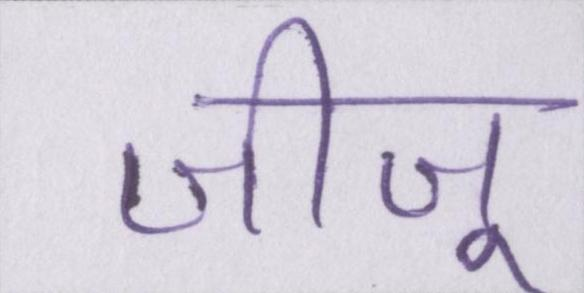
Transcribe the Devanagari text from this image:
जीजू